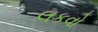
લકવો